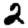
Digit: 2